Report of the Indian Hemp Drugs Commission, 1894-1895 - Volume VIII
Year: 1894
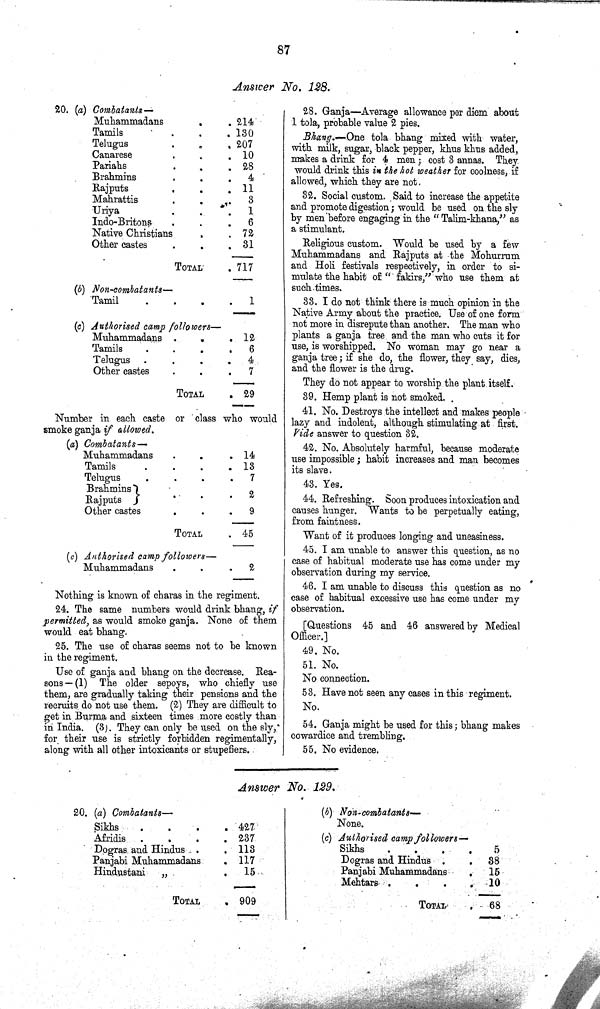
87
Answer No. 128.
20. (a) Combatants—
Muhammadans
214
Tamils
130
Telugus
207
Canarese
10
Pariahs
28
Brahmins
4
Rajputs
11
Mahrattis
3
Uriya
1
Indo-Britons
6
Native Christians
72
Other castes
31
TOTAL
717
(b) Non-combatants—
Tamil
1
(c) Authorised camp followers—
Muhammadans
12
Tamils
6
Telugus
4
Other castes
7
TOTAL
29
Number in each caste or class who would
smoke ganja if allowed.
(a) Combatants—
Muhammadans
14
Tamils
13
Telugus
7
Brahmins
Rajputs
2
Brahmins
Rajputs
2
Other castes
9
TOTAL
45
(c) Authorised camp followers—
Muhammadans
2
Nothing is known of charas in the regiment.
24. The same numbers would drink bhang, if
permitted, as would smoke ganja. None of them
would eat bhang.
25. The use of charas seems not to be known
in the regiment.
Use of ganja and bhang on the decrease. Rea-
sons—(1) The older sepoys, who chiefly use
them, are gradually taking their pensions and the
recruits do not use them. (2) They are difficult to
get in Burma and sixteen times more costly than
in India. (3). They can only be used on the sly,
for their use is strictly forbidden regimentally,
along with all other intoxicants or stupefiers.
28. Ganja—Average allowance per diem about
1 tola, probable value 2 pies.
Bhang.—One tola bhang mixed with water,
with milk, sugar, black pepper, khus khus added,
makes a drink for 4 men; cost 3 annas. They
would drink this in the hot weather for coolness, if
allowed, which they are not.
32. Social custom. Said to increase the appetite
and promote digestion; would be used on the sly
by men before engaging in the "Talim-khana," as
a stimulant.
Religious custom. Would be used by a few
Muhammadans and Rajputs at the Mohurrum
and Holi festivals respectively, in order to si-
mulate the habit of "fakirs," who use them at
such times.
33. I do not think there is much opinion in the
Native Army about the practice. Use of one form
not more in disrepute than another. The man who
plants a ganja tree and the man who cuts it for
use, is worshipped. No woman may go near a
ganja tree; if she do, the flower, they say, dies,
and the flower is the drug.
They do not appear to worship the plant itself.
39. Hemp plant is not smoked.
41. No. Destroys the intellect and makes people
lazy and indolent, although stimulating at first.
Vide answer to question 32.
42. No. Absolutely harmful, because moderate
use impossible; habit increases and man becomes
its slave.
43. Yes.
44. Refreshing. Soon produces intoxication and
causes hunger. Wants to be perpetually eating,
from faintness.
Want of it produces longing and uneasiness.
45. I am unable to answer this question, as no
case of habitual moderate use has come under my
observation during my service.
46. I am unable to discuss this question as no
case of habitual excessive use has come under my
observation.
[Questions 45 and 46 answered by Medical
Officer.]
49. No.
51. No.
No connection.
53. Have not seen any cases in this regiment.
No.
54. Ganja might be used for this; bhang makes
cowardice and trembling.
55. No evidence.
Answer No. 129.
20. (a) Combatants—
Sikhs
427
Afridis
237
Dogras and Hindus
113
Panjabi Muhammadans
117
Hindustani
15
TOTAL
909
(b) Non-combatants—
None.
(c) Authorised camp followers—
Sikhs
5
Dogras and Hindus
38
Panjabi Muhammadans
15
Mehtars.
10
TOTAL
68